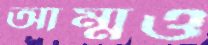
আম্মুও